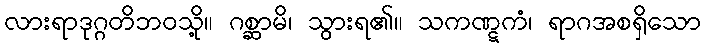
လားရာဒုဂ္ဂတိဘဝသို့။ ဂစ္ဆာမိ၊ သွားရ၏။ သကဏ္ဋကံ၊ ရာဂအစရှိသော